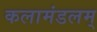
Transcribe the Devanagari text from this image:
कलामंडलम्‌